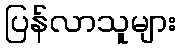
ပြန်လာသူများ